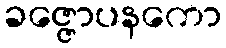
ခဇ္ဇောပနကော